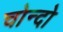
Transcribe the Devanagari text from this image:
चोन्दो